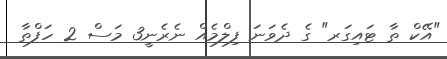
"އޭކް ތާ ޓައިގަރ" ގެ ދެވަނަ ފިލްމެއް ނެރެނީ3 މަސް 2 ހަފްތާ